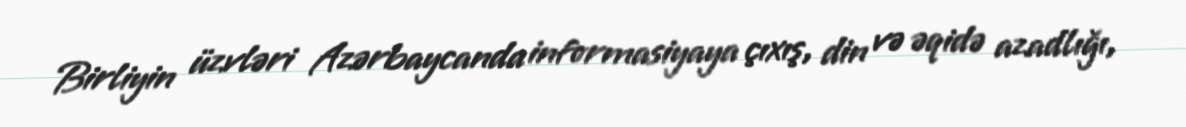
Birliyin üzvləri Azərbaycanda informasiyaya çıxış, din və əqidə azadlığı,